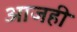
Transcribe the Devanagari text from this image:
अाजही